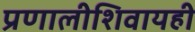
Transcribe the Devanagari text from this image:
प्रणालीशिवायही